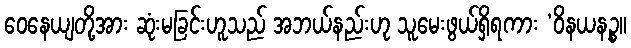
ဝေနေယျတို့အား ဆုံးမခြင်းဟူသည် အဘယ်နည်းဟု သူမေးဖွယ်ရှိရကား ‘ဝိနယနဉ္စ။